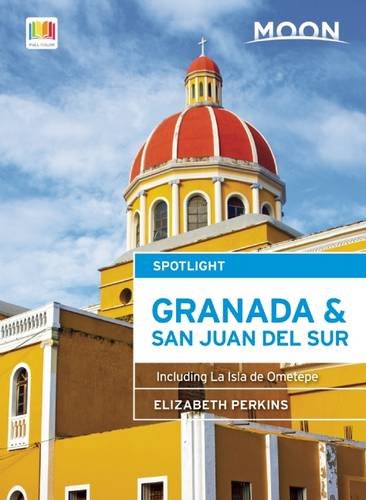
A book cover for Moon Spotlight Granada & San Juan del Sur: Including La Isla de Ometepe; Elizabeth Perkins; Travel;